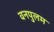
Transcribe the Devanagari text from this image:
वनपुलम